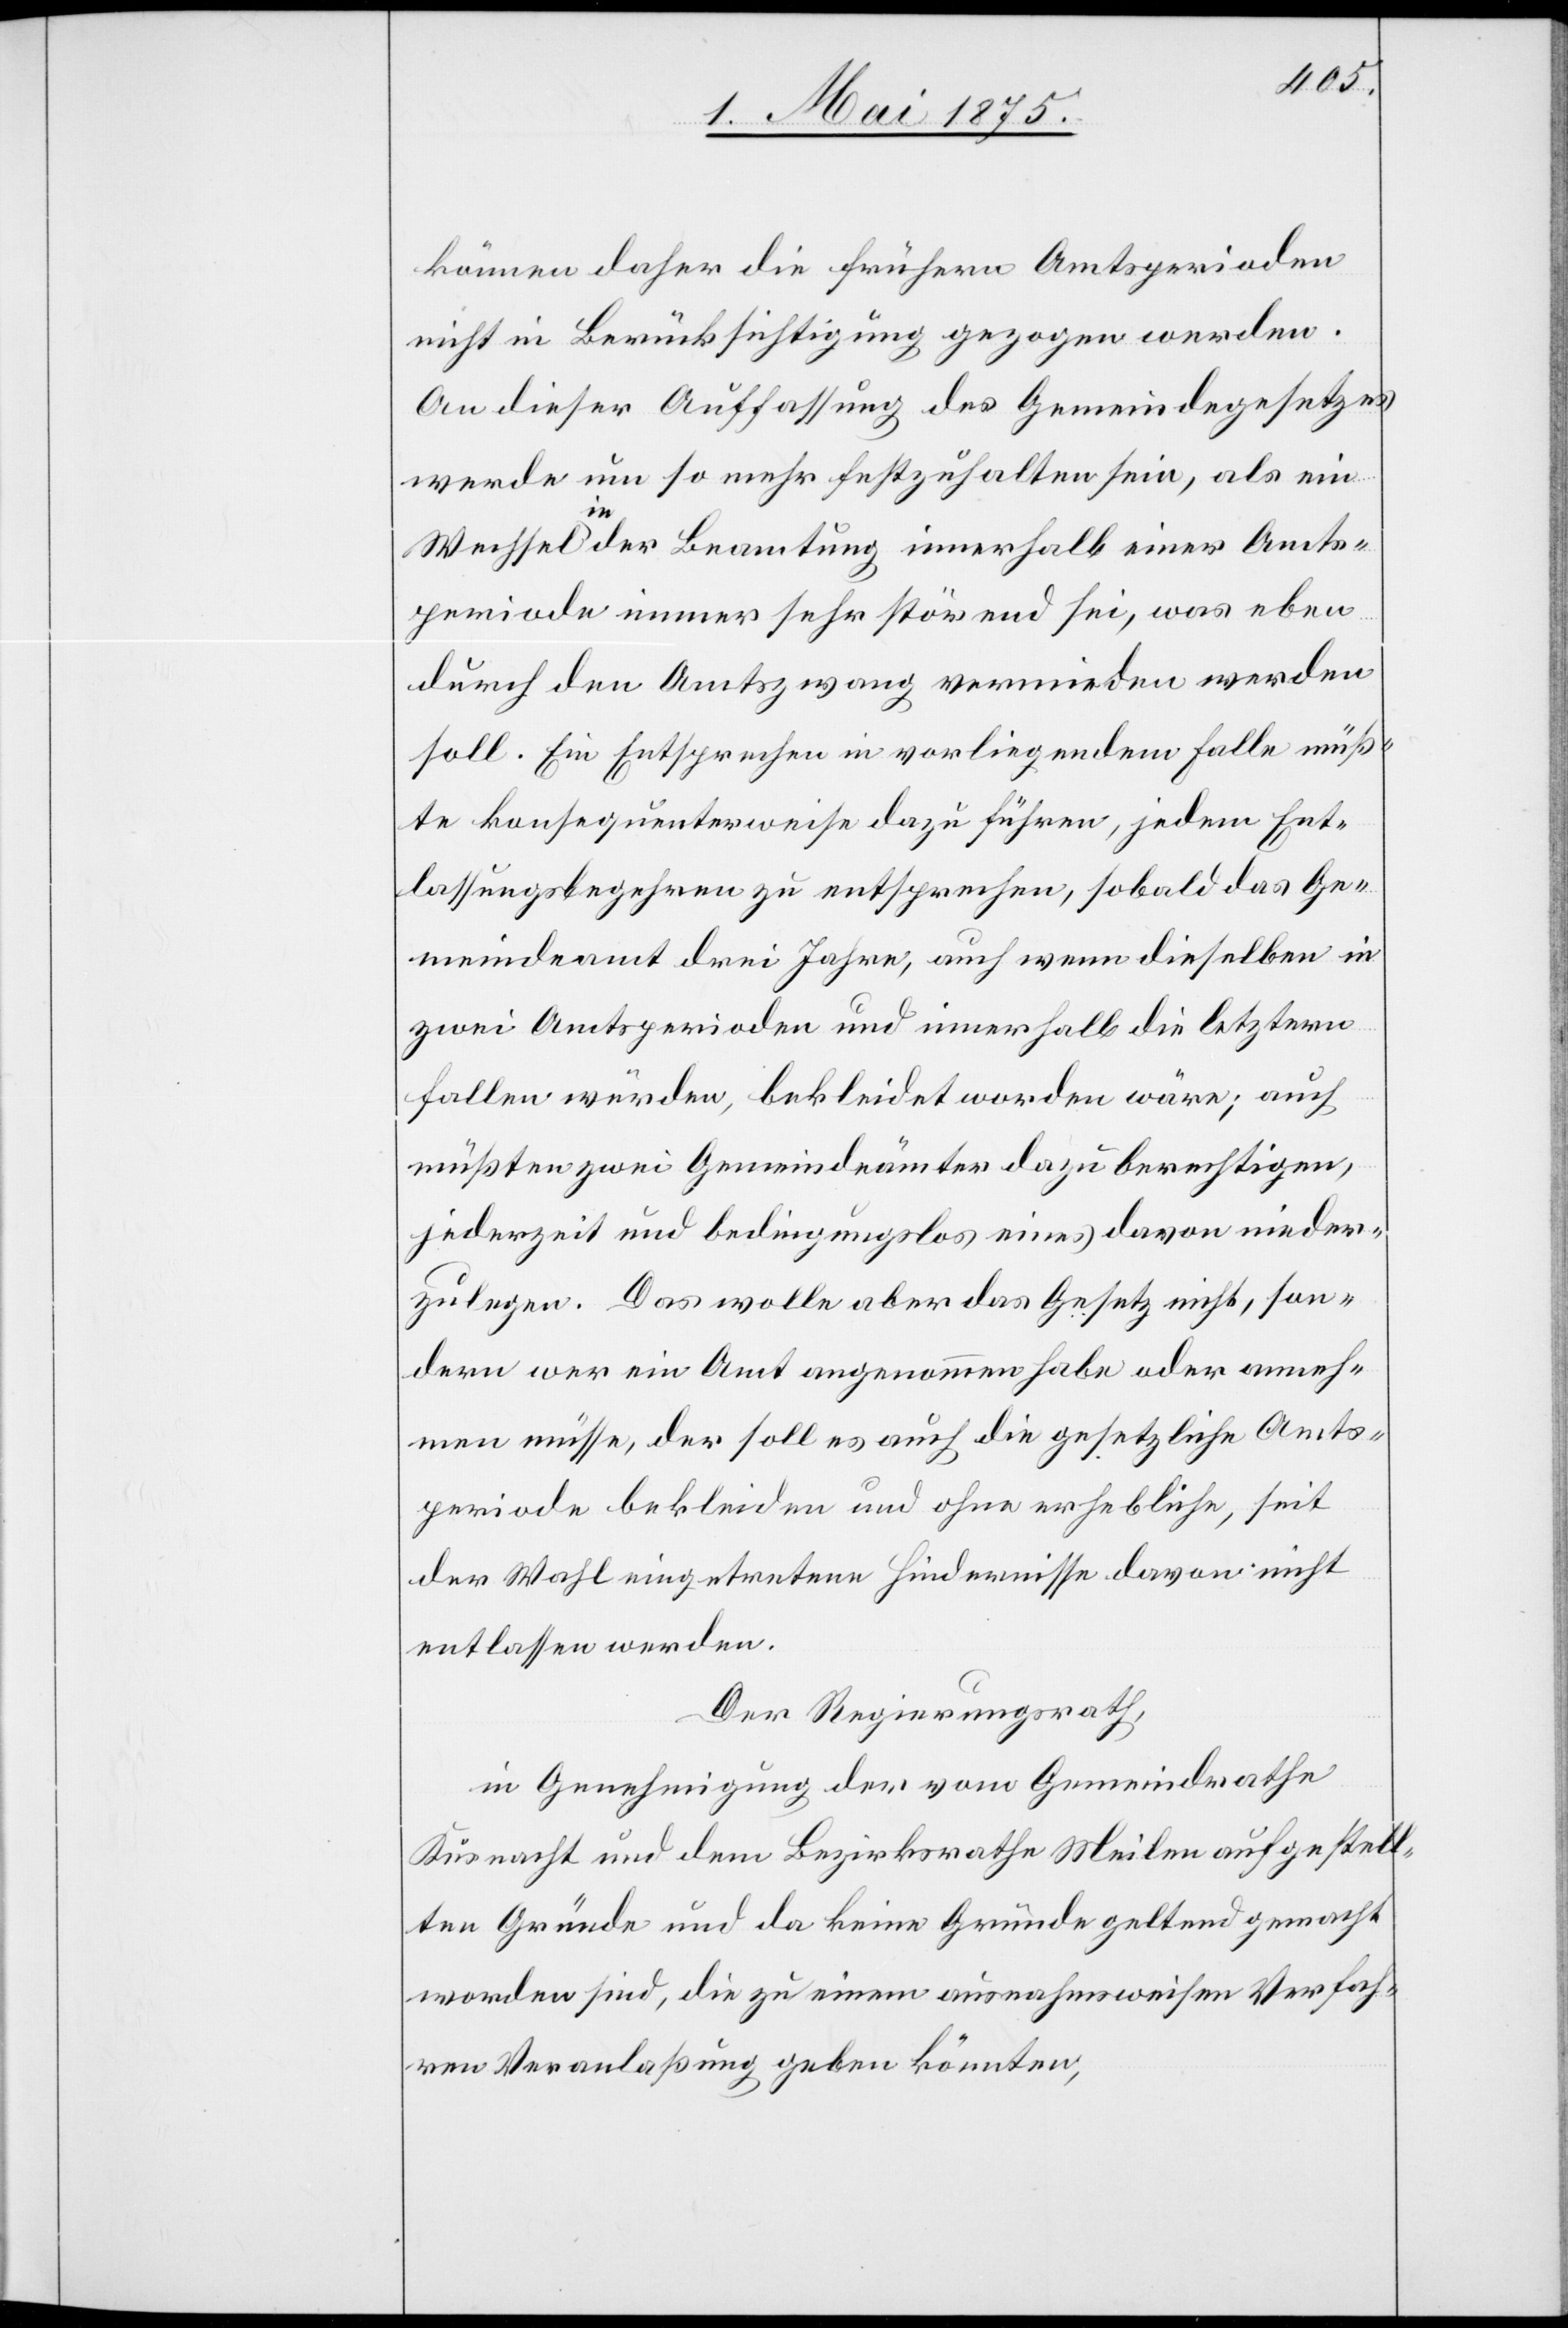
können daher die frühern Amtsperioden
nicht in Berücksichtigung gezogen werden.
An dieser Auffassung des Gemeindegesetzes
werde um so mehr festzuhalten sein, als ein
Wechsel in der Beamtung innerhalb einer Amts¬
periode immer sehr störend sei, was eben
durch den Amtszwang vermieden werden
soll. Ein Entsprechen in vorliegendem Falle müß¬
te konsequenterweise dazu führen, jedem Ent¬
lassungsbegehren zu entsprechen, sobald das Ge¬
meindeamt drei Jahre, auch wenn dieselben in
zwei Amtsperioden und innerhalb die letztern
fallen würden, bekleidet worden wäre; auch
müßten zwei Gemeindeämter dazu berechtigen,
jederzeit und bedingungslos eines davon nieder¬
zulegen. Das wolle aber das Gesetz nicht, son¬
dern wer ein Amt angenommen habe oder anneh¬
men müsse, der soll es auch die gesetzliche Amts¬
periode bekleiden und ohne erhebliche, seit
der Wahl eingetretene Hindernisse davon nicht
entlassen werden.
Der Regierungsrath,
in Genehmigung der vom Gemeindrathe
Küsnacht und dem Bezirksrathe Meilen aufgestell¬
ten Gründe und da keine Gründe geltend gemacht
worden sind, die zu einem ausnahmsweisen Verfah¬
ren Veranlaßung geben könnten,